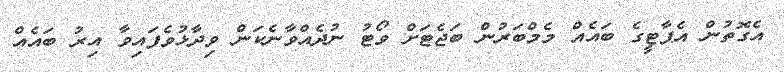
އެގޮތުން އެޕާޓީގެ ބައެއް މެމްބަރުން ބަޖެޓަށް ވޯޓު ނުދެއްވާނެކަން ވިދާޅުވެފައިވާ އިރު ބައެއް